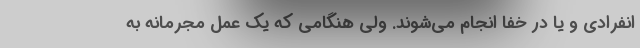
انفرادی و یا در خفا انجام می‌شوند. ولی هنگامی که یک عمل مجرمانه به